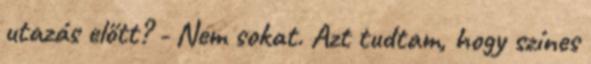
utazás előtt? - Nem sokat. Azt tudtam, hogy színes